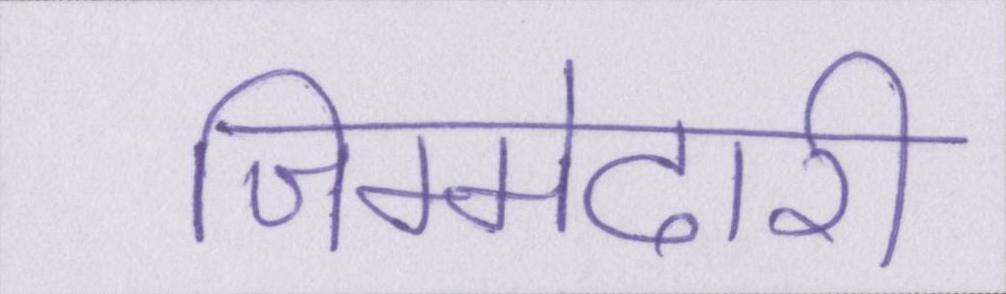
जिम्मेदारी